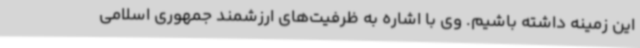
این زمینه داشته باشیم. وی با اشاره به ظرفیت‌های ارزشمند جمهوری اسلامی